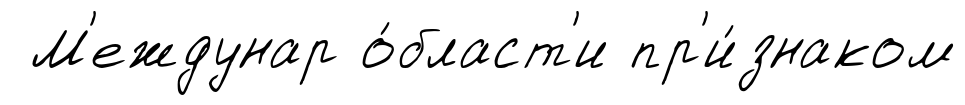
М'еждунар о́бласт'и пр'и́знаком